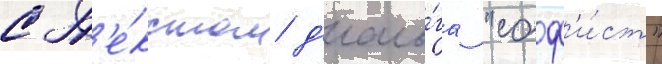
с т'е́кстом д'иало́га "соф'и́ст"